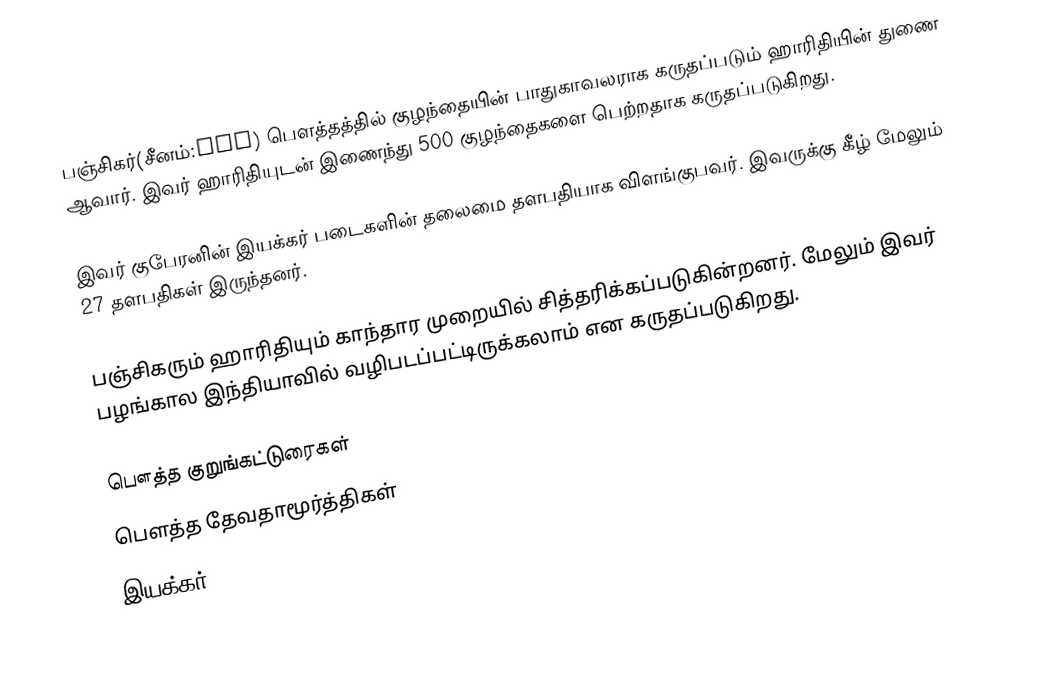
பஞ்சிகர்(சீனம்:般闍迦) பௌத்தத்தில் குழந்தையின் பாதுகாவலராக கருதப்படும் ஹாரிதியின் துணை ஆவார். இவர் ஹாரிதியுடன் இணைந்து 500 குழந்தைகளை பெற்றதாக கருதப்படுகிறது.

இவர் குபேரனின் இயக்கர் படைகளின் தலைமை தளபதியாக விளங்குபவர். இவருக்கு கீழ் மேலும் 27 தளபதிகள் இருந்தனர்.

பஞ்சிகரும் ஹாரிதியும் காந்தார முறையில் சித்தரிக்கப்படுகின்றனர். மேலும் இவர் பழங்கால இந்தியாவில் வழிபடப்பட்டிருக்கலாம் என கருதப்படுகிறது.

பௌத்த குறுங்கட்டுரைகள்
பௌத்த தேவதாமூர்த்திகள்
இயக்கர்